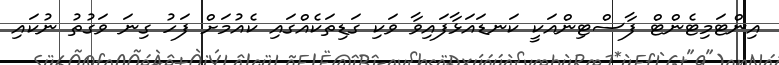
އިންޓަމިޓެންޓް ފާސްޓިންއަކީ ކަނޑައަޅާފައިވާ ވަކި ގަޑިތަކެއްގައި ކެއުމަށް ފަހު ގިނަ ވަގުތު ނުކައި